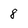
Character: 8